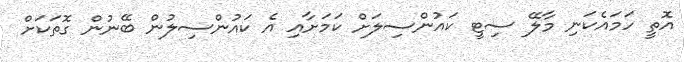
އޮތީ ހަމައެކަނި މާލޭ ސިޓީ ކައުންސިލަށް ކަމަށާއި އެ ކައުންސިލުން ބޭނުން ގޮތަކަށް